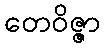
တေဝိဇ္ဇာ